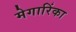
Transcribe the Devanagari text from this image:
मेगारिंका